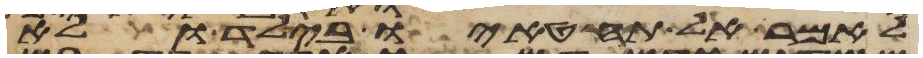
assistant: לאמר אל תחטאו בילד ולא